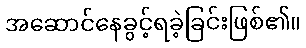
အဆောင်နေခွင့်ရခဲ့ခြင်းဖြစ်၏။